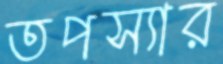
তপস্যার